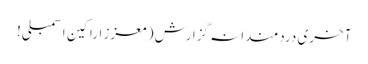
آخری دردمندانہ گزارش( معزز اراکین اسمبلی!